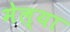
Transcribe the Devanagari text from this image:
मेल्‍या